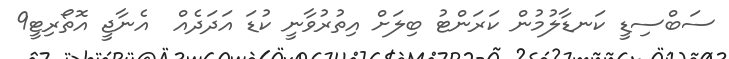
ސަބްސިޑީ ކަނޑާލުމުން ކަރަންޓު ބިލަށް އިތުރުވާނީ ކުޑަ އަދަދެއް  އެނާޖީ އޮތޯރިޓީ9